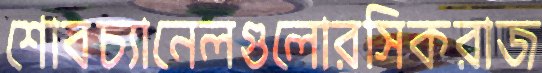
শোবচ্যানেলগুলোরসিকরাজ